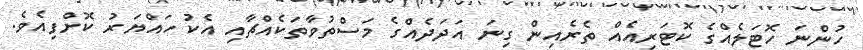
ހުންނަ ހޮޓަލެއްގެ ކޮޓަރިއެއް ތެރެއިން ގިނަ އަދަދެއްގެ މަސްތުވާތަކެއްޗާއި އެކު ހައްޔަރު ކޮށްފިއެވެ.